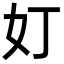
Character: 奵